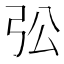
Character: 𱝚